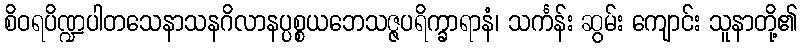
စိဝရပိဏ္ဍပါတသေနာသနဂိလာနပ္ပစ္စယဘေသဇ္ဇပရိက္ခာရာနံ၊ သင်္ကန်း ဆွမ်း ကျောင်း သူနာတို့၏